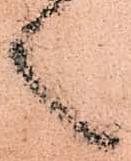
候